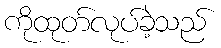
ကိုထုတ်လုပ်ခဲ့သည်